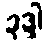
ခုဒ္ဒါ